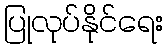
ပြုလုပ်နိုင်ရေး